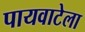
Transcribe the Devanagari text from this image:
पायवाटेला